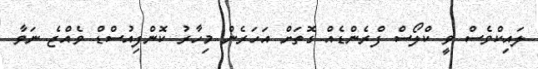
ލައިކްވެސް ވީ ކްލޯސް ފްރެންޑެއް ގޮތަށް އަހަރެން މިހާރު ކޮންފިއުސްޑް ވެއްޖެ ނަވާ